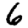
Digit: 6